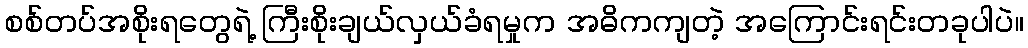
စစ်တပ်အစိုးရတွေရဲ့ ကြီးစိုးချယ်လှယ်ခံရမှုက အဓိကကျတဲ့ အကြောင်းရင်းတခုပါပဲ။